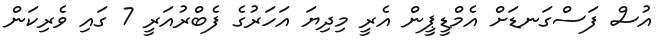
އުސް ފަސްގަނޑަށް އެމްޑީޕީން އެރީ މިދިޔަ އަހަރުގެ ފެބްރުއަރީ 7 ގައި ވެރިކަން